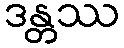
ဒန္တဿ